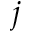
j